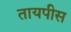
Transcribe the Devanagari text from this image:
तायपीस